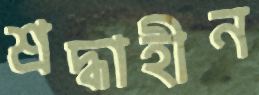
শ্রদ্ধাহীন